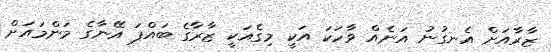
ޒާރާއަށް އެނގުނު އަނެއް ވާހަކަ އަކީ މިގެއަކީ ޒާރާގެ ބައްޕަ އޭނާގެ މަންމައަށް